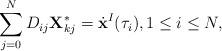
LaTeX: \begin{align*}\sum_{j=0}^{N}D_{ij}{\bf X}_{kj}^*=\dot{\bf x}^I(\tau_i), 1\leq i \leq N,\end{align*}